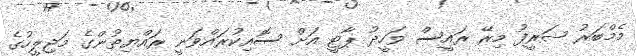
މެމްބަރު ޝަރީފު މިރޭ ރައީސް ވަހީދު ޕާޓީ އަށް ސޮއިކުރައްވަނީ ރައްޔިތުންގެ މަޖިލީހުގެ